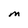
Character: M